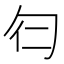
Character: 𠣒